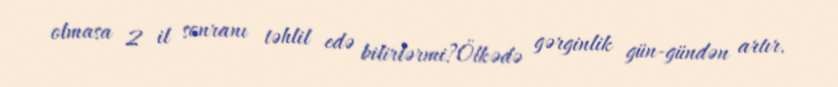
olmasa 2 il sonranı təhlil edə bilirlərmi?Ölkədə gərginlik gün-gündən artır.